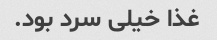
غذا خیلی سرد بود.